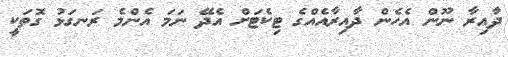
ދާއިރާ ނޫން އެހެން ދާއިރާއެއްގެ ޓިކެޓަށް އެދޭ ނަމަ އެންމެ ރަނގަޅު ގޮތަކީ